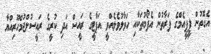
އެގޮތުން ޕީޕީއެމްގެ ފަރާތުން އެފޯމުތަކާއި ހަވާލުވެލެއްވީ އަޕާޓީގެ ރައީސް އަދި ކުރީގެ ރައީސުލްޖުމްހޫރިއްޔާ